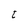
Character: t